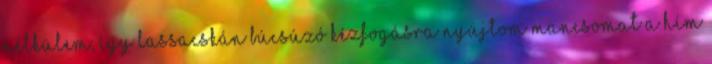
nélkülem, így lassacskán búcsúzó kézfogásra nyújtom mancsomat a hím